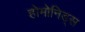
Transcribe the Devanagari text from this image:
होमोनिड्स